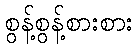
စွန့်စွန့်စားစား